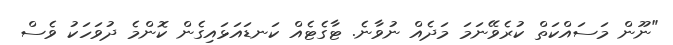
"ނޫން މަސައްކަތް ކުރެވޭނަމަ މަދެއް ނުވާނެ. ޓާގެޓެއް ކަނޑައަޅައިގެން ކޮންމެ ދުވަހަކު ވެސް